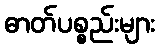
ဓာတ်ပစ္စည်းများ